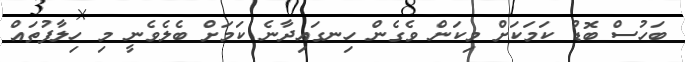
ބަހުސް ބޮޑު ކަމަކަށް މިކަން ވެގެން ހިނގައިދާނެ ކަމަށް ބެލެވެނީ މި ހިލާފުތައް